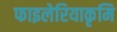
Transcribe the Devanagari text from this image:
फाइलेरियाकृमि